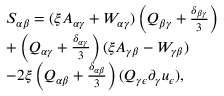
\begin{array} { r l } & { S _ { \alpha \beta } = ( \xi A _ { \alpha \gamma } + W _ { \alpha \gamma } ) \left( Q _ { \beta \gamma } + \frac { \delta _ { \beta \gamma } } { 3 } \right) } \\ & { + \left( Q _ { \alpha \gamma } + \frac { \delta _ { \alpha \gamma } } { 3 } \right) ( \xi A _ { \gamma \beta } - W _ { \gamma \beta } ) } \\ & { - 2 \xi \left( Q _ { \alpha \beta } + \frac { \delta _ { \alpha \beta } } { 3 } \right) ( Q _ { \gamma \epsilon } \partial _ { \gamma } u _ { \epsilon } ) , } \end{array}